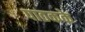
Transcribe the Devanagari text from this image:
पाठकके